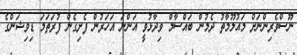
ނޫސްވެރިންނަށް މައުލޫމާތު ދެމުން ބައްސާމް ވިދާޅުވީ އަންނަ އަހަރުން ފެށިގެން ފުރަތަމަ ޑިވިޝަންގެ